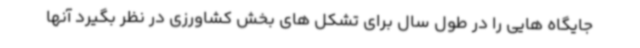
جایگاه هایی را در طول سال برای تشکل های بخش کشاورزی در نظر بگیرد آنها